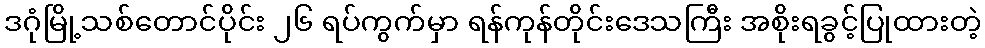
ဒဂုံမြို့သစ်တောင်ပိုင်း ၂၆ ရပ်ကွက်မှာ ရန်ကုန်တိုင်းဒေသကြီး အစိုးရခွင့်ပြုထားတဲ့